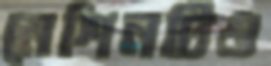
মেশিনটিও